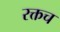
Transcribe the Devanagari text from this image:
रक्तच